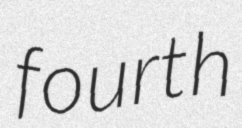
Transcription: fourth